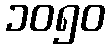
၁၀၅၀